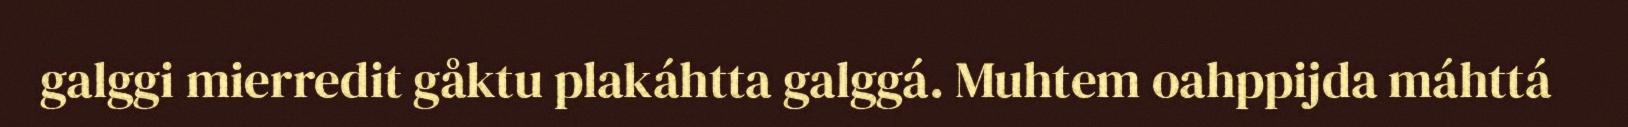
galggi mierredit gåktu plakáhtta galggá. Muhtem oahppijda máhttá